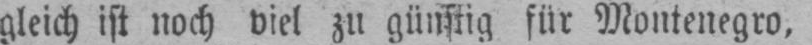
gleich ist noch viel zu günstig für Montenegro,